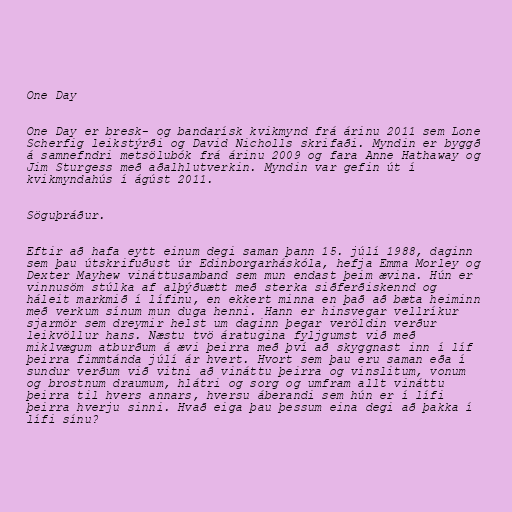
One Day

One Day er bresk- og bandarísk kvikmynd frá árinu 2011 sem Lone
Scherfig leikstýrði og David Nicholls skrifaði. Myndin er byggð
á samnefndri metsölubók frá árinu 2009 og fara Anne Hathaway og
Jim Sturgess með aðalhlutverkin. Myndin var gefin út í
kvikmyndahús í ágúst 2011.

Söguþráður.

Eftir að hafa eytt einum degi saman þann 15. júlí 1988, daginn
sem þau útskrifuðust úr Edinborgarháskóla, hefja Emma Morley og
Dexter Mayhew vináttusamband sem mun endast þeim ævina. Hún er
vinnusöm stúlka af alþýðuætt með sterka siðferðiskennd og
háleit markmið í lífinu, en ekkert minna en það að bæta heiminn
með verkum sínum mun duga henni. Hann er hinsvegar vellríkur
sjarmör sem dreymir helst um daginn þegar veröldin verður
leikvöllur hans. Næstu tvö áratugina fyljgumst við með
miklvægum atburðum á ævi þeirra með því að skyggnast inn í líf
þeirra fimmtánda júlí ár hvert. Hvort sem þau eru saman eða í
sundur verðum við vitni að vináttu þeirra og vinslitum, vonum
og brostnum draumum, hlátri og sorg og umfram allt vináttu
þeirra til hvers annars, hversu áberandi sem hún er í lífi
þeirra hverju sinni. Hvað eiga þau þessum eina degi að þakka í
lífi sínu?